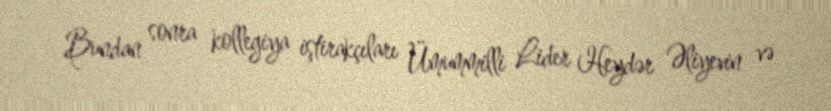
Bundan sonra kollegiya iştirakçıları Ümummilli Lider Heydər Əliyevin və